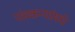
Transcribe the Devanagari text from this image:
पंचकन्यांमधे